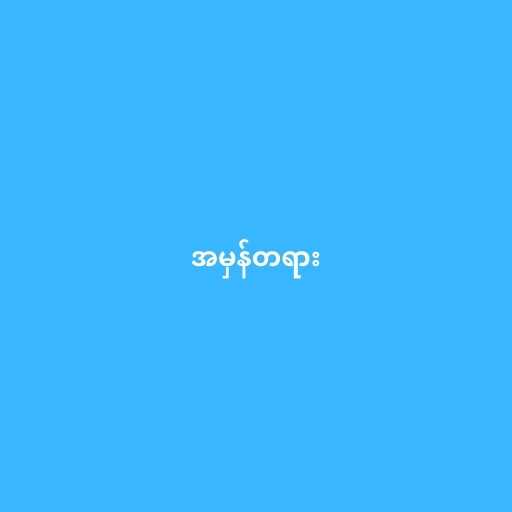
အမှန်တရား